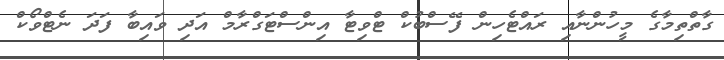
ގާތްތިމާގެ މީހުންނާއި ރައްޓެހިން ފޭސްބުކް ޓްވިޓާ އިންސްޓަގްރާމް އަދި ވައިބާ ފަދަ ނެޓްވޯކް